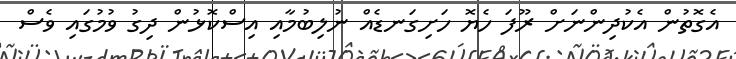
އެގޮތުން އެކުދިންނަށް ރޫފަ ހެޔޮ ހަށިގަނޑެއް ނުލިބުމާއި އިސްކޮޅުން ދިގު ވުމުގައި ވެސް